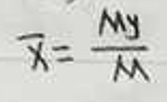
$\overline{x} = \frac{M_y}{M}$